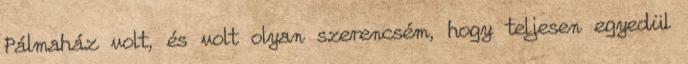
Pálmaház volt, és volt olyan szerencsém, hogy teljesen egyedül